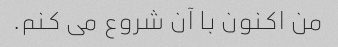
من اکنون با آن شروع می کنم.